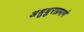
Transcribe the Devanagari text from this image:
अश्रुधुराप्रमाणे